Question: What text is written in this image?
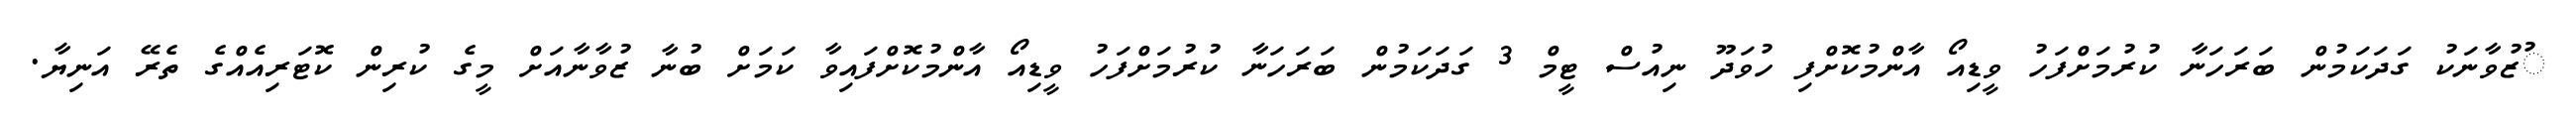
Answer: ުޒުވާނަކު ގަދަކަމުން ބަރަހަނާ ކުރުމަށްފަހު ވީޑިއޯ އާންމުކޮށްފި ހުވަދޫ ނިއުސް ޓީމް 3 ގަދަކަމުން ބަރަހަނާ ކުރުމަށްފަހު ވީޑިއޯ އާންމުކޮށްފައިވާ ކަމަށް ބުނާ ޒުވާނާއަށް މީގެ ކުރިން ކޮޓަރިއެއްގެ ތެރޭ އަނިޔާ.